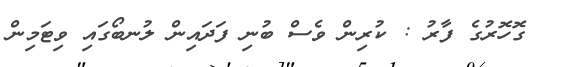
ގޮހޮރުގެ ފާރު : ކުރިން ވެސް ބުނި ފަދައިން ލުނބޯގައި ވިޓަމިން